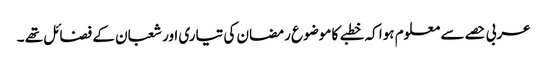
عربی حصے سے معلوم ہوا کہ خطبے کا موضوع رمضان کی تیاری اور شعبان کے فضائل تھے ۔